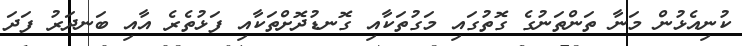
ކުނިއެޅުން މަނާ ތަންތަނުގެ ގޮތުގައި މަގުތަކާއި ގޮނޑުދޮށްތަކާއި ފަޅުތެރެ އާއި ބަނދަރު ފަދަ